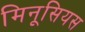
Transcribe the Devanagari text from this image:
मिनूसियस